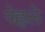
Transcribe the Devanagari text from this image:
पेह्लले